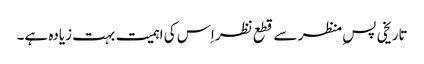
تاریخی پس ِمنظر سے قطع نظراِس کی اہمیت بہت زیادہ ہے۔